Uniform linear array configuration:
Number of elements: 24
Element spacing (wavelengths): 0.75
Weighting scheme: uniform
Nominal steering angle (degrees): -45
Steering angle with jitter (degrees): -44.16
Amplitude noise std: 0.05
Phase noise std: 0.05

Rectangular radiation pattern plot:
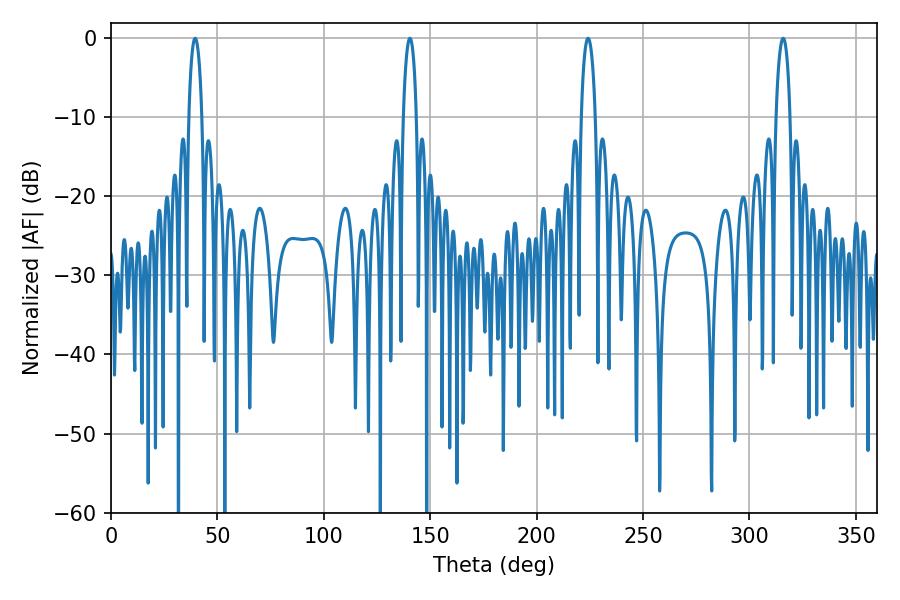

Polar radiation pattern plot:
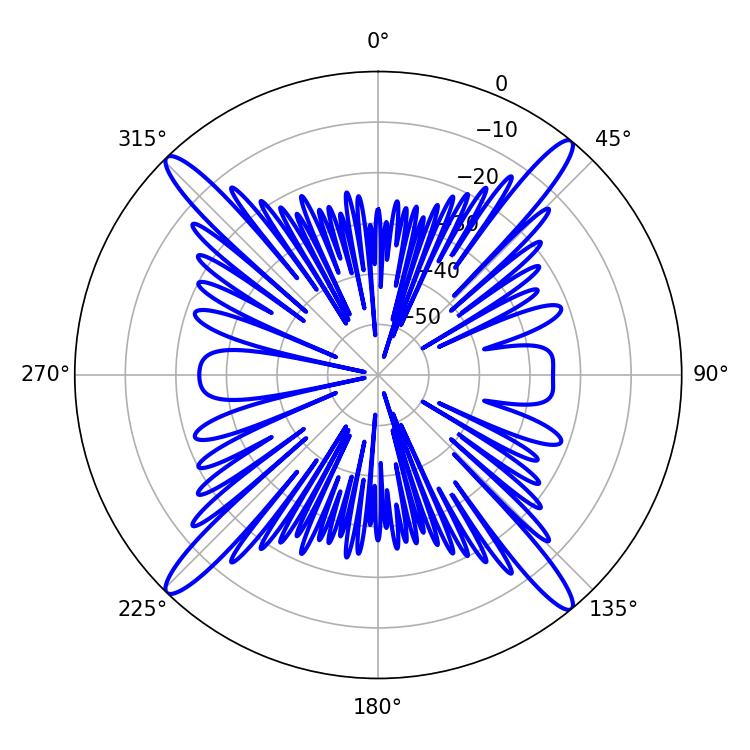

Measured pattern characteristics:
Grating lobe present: TRUE
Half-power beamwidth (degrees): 3.78
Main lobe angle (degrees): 315.9